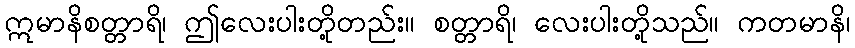
ဣမာနိစတ္တာရိ၊ ဤလေးပါးတို့တည်း။ စတ္တာရိ၊ လေးပါးတို့သည်။ ကတမာနိ၊